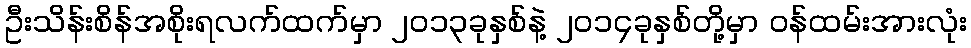
ဦးသိန်းစိန်အစိုးရလက်ထက်မှာ ၂၀၁၃ခုနှစ်နဲ့ ၂၀၁၄ခုနှစ်တို့မှာ ဝန်ထမ်းအားလုံး